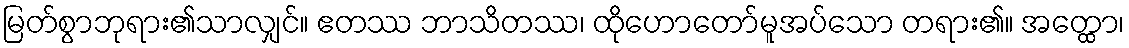
မြတ်စွာဘုရား၏သာလျှင်။ ဧတဿ ဘာသိတဿ၊ ထိုဟောတော်မူအပ်သော တရား၏။ အတ္ထော၊